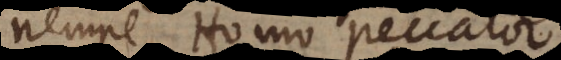
nempe Homo peccator